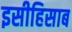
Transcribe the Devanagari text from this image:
इसीहिसाब